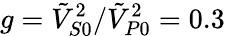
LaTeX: g=\tilde{V}_{S0}^{2}/\tilde{V}_{P0}^{2}=0.3